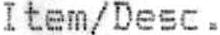
ITEM/DESC.